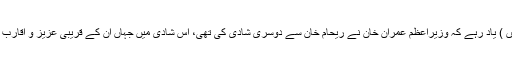
( شادی کی تصاویر خبر کے آخر میں آپ بھی دیکھیں ) یاد رہے کہ وزیراعظم عمران خان نے ریحام خان سے دوسری شادی کی تھی، اس شادی میں جہاں ان کے قریبی عزیز و اقارب موجود تھے وہیں ان کی بہنیں کہیں دکھائی نہیں دیں۔